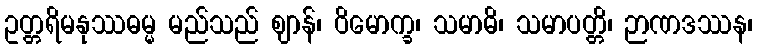
ဥတ္တရိမနုဿဓမ္မ မည်သည် ဈာန်၊ ဝိမောက္ခ၊ သမာဓိ၊ သမာပတ္တိ၊ ဉာဏဒဿန၊